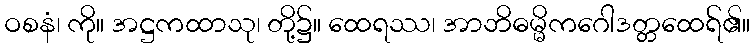
ဝစနံ၊ ကို။ အဋ္ဌကထာသု၊ တို့၌။ ထေရဿ၊ အာဘိဓမ္မိကဂေါဒတ္တထေရ်၏။